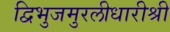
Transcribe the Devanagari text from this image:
द्विभुजमुरलीधारीश्री